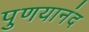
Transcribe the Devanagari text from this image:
पुणयानंद